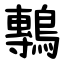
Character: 鷒